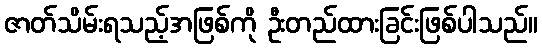
ဇာတ်သိမ်းရသည့်အဖြစ်ကို ဦးတည်ထားခြင်းဖြစ်ပါသည်။